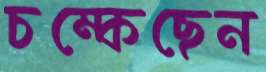
চম্‌কেছেন